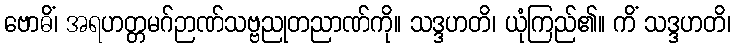
ဗောဓိံ၊ အရဟတ္တမဂ်ဉာဏ်သဗ္ဗညုတညာဏ်ကို။ သဒ္ဒဟတိ၊ ယုံကြည်၏။ ကိံ သဒ္ဒဟတိ၊